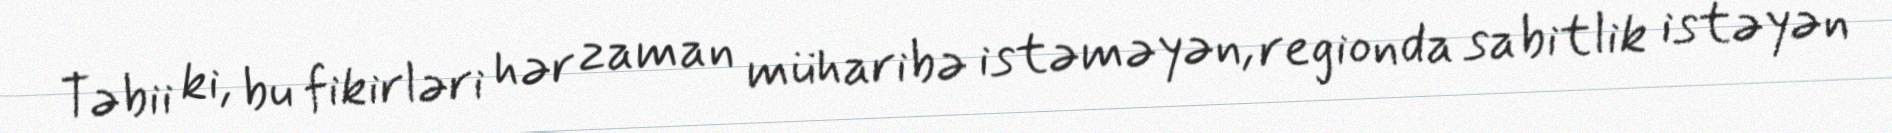
Təbii ki, bu fikirləri hər zaman müharibə istəməyən, regionda sabitlik istəyən